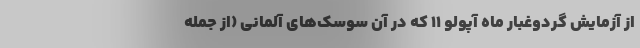
از آزمایش گردوغبار ماه آپولو ۱۱ که در آن سوسک‌های آلمانی (از جمله